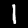
Label: 1